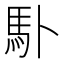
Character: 𩡭